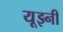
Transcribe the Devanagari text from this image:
यूझ्नी